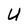
Character: U